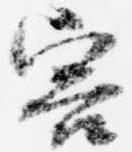
害